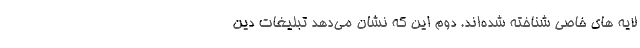
لایه های خاصی شناخته شده‌اند. دوم این که نشان می‌دهد تبلیغات دین